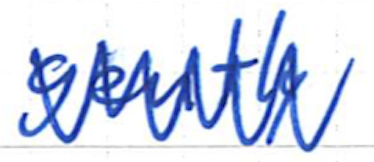
Text: gently
Cross-out: zig-zag
Writing tool: ballpoint